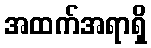
အထက်အရာရှိ